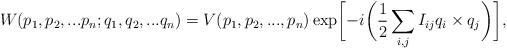
\begin{align*}W(p_1,p_2,...p_n;q_1,q_2,...q_n)=V(p_1,p_2,...,p_n)\exp\biggl[-i\biggl(\frac{1}{2}\sum_{i,j}I_{ij}q_i\times q_j\biggr)\biggr],\end{align*}